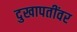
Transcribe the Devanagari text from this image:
दुखापतींवर